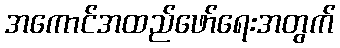
အကောင်အထည်ဖော်ရေးအတွက်